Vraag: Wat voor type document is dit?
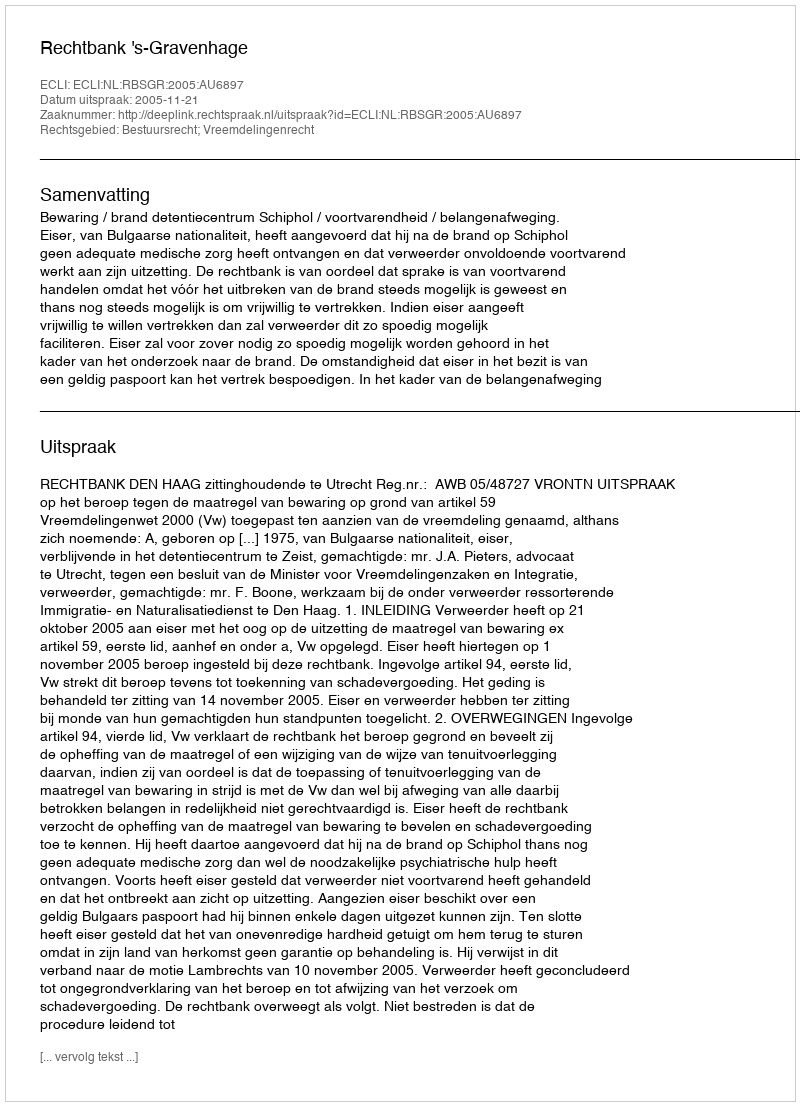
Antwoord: Uitspraak